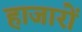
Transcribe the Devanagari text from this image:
हाजारों